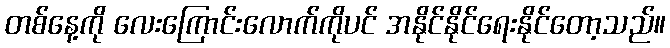
တစ်နေ့ကို လေးကြောင်းလောက်ကိုပင် အနိုင်နိုင်ရေးနိုင်တော့သည်။